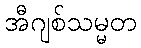
အီဂျစ်သမ္မတ